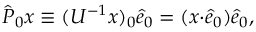
\begin{array} { r } { \hat { P } _ { 0 } x \equiv ( U ^ { - 1 } x ) _ { 0 } \hat { e } _ { 0 } = ( x { \cdot } \hat { e } _ { 0 } ) \hat { e } _ { 0 } , } \end{array}